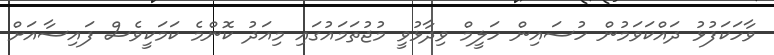
ވާހަކަފުޅު ދައްކަވަމުން ހުސައިން ހަލީމް ވިދާޅުވީ މުޖުތަމައުގައި މިއަދު ކޮންމެ ކަމަކީވެސް ފައިސާއަށް